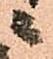
ニ